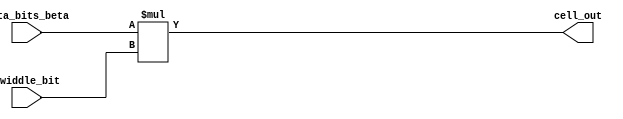
module SRAM_cell #(
    parameter Data_width_SRAM_cell=9
)(
    input twiddle_bit,
    input [Data_width_SRAM_cell-1:0] data_bits_beta,
    output [Data_width_SRAM_cell-1:0] cell_out
);

assign cell_out=data_bits_beta * twiddle_bit;
endmodule